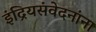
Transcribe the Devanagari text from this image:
इंद्रियसंवेदनांना